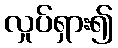
လှုပ်ရှား၍